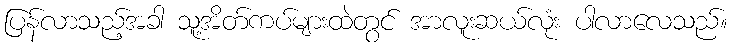
ပြန်လာသည့်အခါ သူ့အိတ်ကပ်များထဲတွင် အာလူးဆယ်လုံး ပါလာလေသည်။